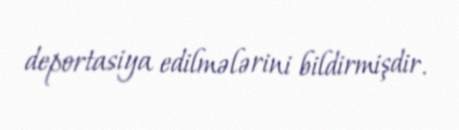
deportasiya edilmələrini bildirmişdir.